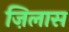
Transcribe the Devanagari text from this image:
ज़िलास